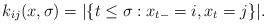
LaTeX: \begin{align*}k_{ij}(x,\sigma)=|\{t\le\sigma: x_{t-}=i,x_t=j\}|. \end{align*}